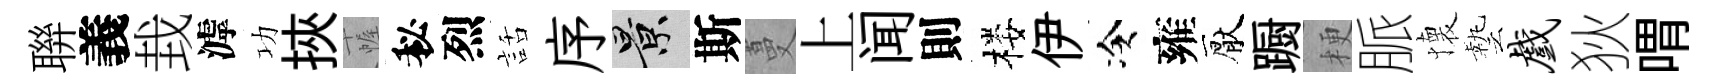
聨義㘽滹功挾幄秘烈話序景斯蔓上闻則楼伊冷雍厭蹰梗脈懐藝戏狄喟